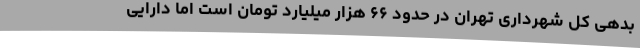
بدهی کل شهرداری تهران در حدود ۶۶ هزار میلیارد تومان است اما دارایی